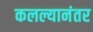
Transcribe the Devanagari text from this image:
कलल्यानंतर